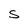
Character: S